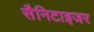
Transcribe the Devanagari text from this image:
सैनिटाइजर